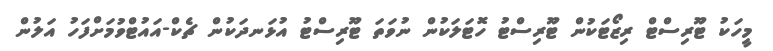
މީހަކު ޓޫރިސްޓް ރިޒޯޓަކުން ޓޫރިސްޓު ހޮޓަލަކުން ނުވަތަ ޓޫރިސްޓު އުޅަނދަކުން ޗެކް-އައުޓްވުމަށްފަހު އަލުން